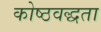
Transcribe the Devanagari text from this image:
कोष्ठवद्धता